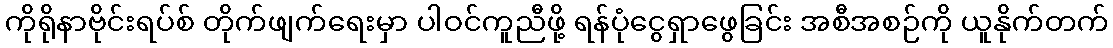
ကိုရိုနာဗိုင်းရပ်စ် တိုက်ဖျက်ရေးမှာ ပါဝင်ကူညီဖို့ ရန်ပုံငွေရှာဖွေခြင်း အစီအစဉ်ကို ယူနိုက်တက်